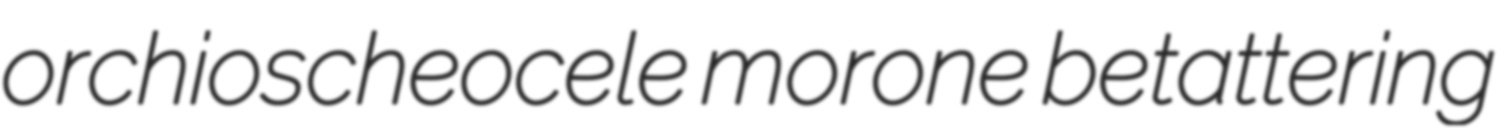
orchioscheocele morone betattering